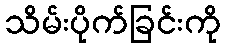
သိမ်းပိုက်ခြင်းကို